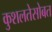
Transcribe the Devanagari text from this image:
कुशलतेसोबत